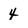
Character: 4